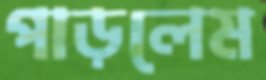
পাড়লেম